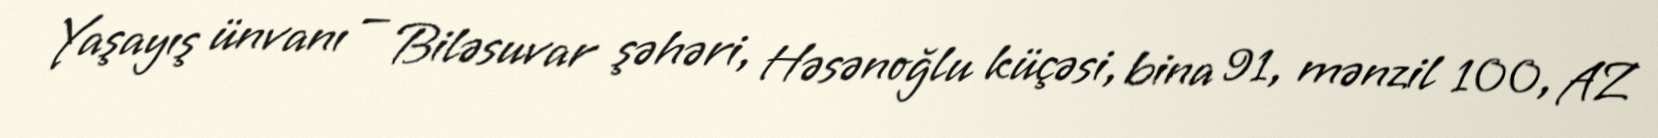
Yaşayış ünvanı — Biləsuvar şəhəri, Həsənoğlu küçəsi, bina 91, mənzil 100, AZ